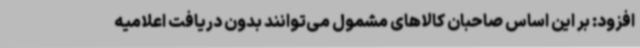
افزود: بر این اساس صاحبان کالاهای مشمول می‌توانند بدون دریافت اعلامیه